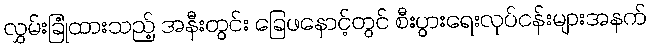
လွှမ်းခြုံထားသည့် အနီးတွင်း ခြေဖနောင့်တွင် စီးပွားရေးလုပ်ငန်းများအနက်